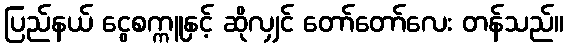
ပြည်နယ် ငွေစက္ကူနှင့် ဆိုလျှင် တော်တော်လေး တန်သည်။